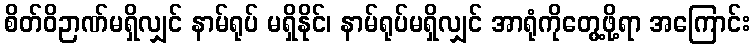
စိတ်ဝိဉာဏ်မရှိလျှင် နာမ်ရုပ် မရှိနိုင်၊ နာမ်ရုပ်မရှိလျှင် အာရုံကိုတွေ့ဖို့ရာ အကြောင်း